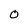
Character: O